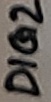
Text: DIG2